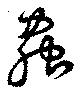
蟲